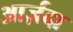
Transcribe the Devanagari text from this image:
आर्ज़दा